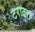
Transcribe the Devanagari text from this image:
टराटरा